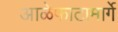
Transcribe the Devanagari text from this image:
आळेफाटामार्गे